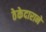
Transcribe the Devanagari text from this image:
ठेकेदाराने